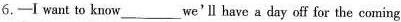
6.—I want to know___we'lhave a day off for the coming